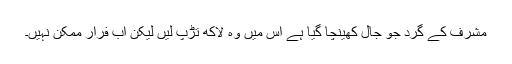
مشرف کے گرد جو جال کھینچا گیا ہے اس میں وہ لاکھ تڑپ لیں لیکن اب فرار ممکن نہیں۔